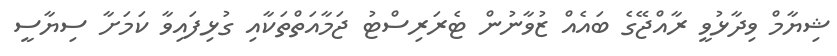
ޝިޔާމް ވިދާޅުވީ ރާއްޖޭގެ ބައެއް ޒުވާނުން ޓެރަރިސްޓު ޖަމާއަތްތަކާއި ގުޅިފައިވާ ކަމަށާ ސިޔާސީ